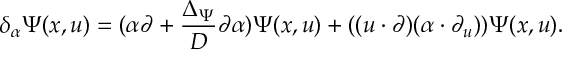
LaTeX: \delta _ { \alpha } \Psi ( x , u ) = ( \alpha \partial + \frac { \Delta _ { \Psi } } { D } \partial \alpha ) \Psi ( x , u ) + ( ( u \cdot \partial ) ( \alpha \cdot \partial _ { u } ) ) \Psi ( x , u ) .